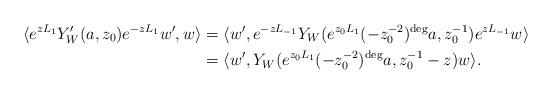
LaTeX: \begin{align*} \langle e^{zL_{1}}Y'_{W}(a,z_0)e^{-zL_{1}}w',w\rangle &=\langle w',e^{-zL_{-1}}Y_{W}(e^{z_0L_{1}}(-z_0^{-2})^{\deg}a,z_0^{-1})e^{zL_{-1}}w\rangle\\ &=\langle w', Y_{W}(e^{z_0L_{1}}(-z_0^{-2})^{\deg}a,z_0^{-1}-z) w\rangle.\end{align*}